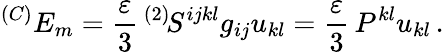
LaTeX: ^{(C)}E_{m}=\frac{\varepsilon}3\, ^{(2)}\! S^{ijkl}g_{ij}u_{kl}=\frac{\varepsilon}3\, P^{kl}u_{kl}\, .